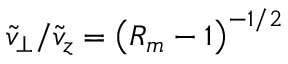
\tilde { v } _ { \perp } / \tilde { v } _ { z } = \left( R _ { m } - 1 \right) ^ { - 1 / 2 }